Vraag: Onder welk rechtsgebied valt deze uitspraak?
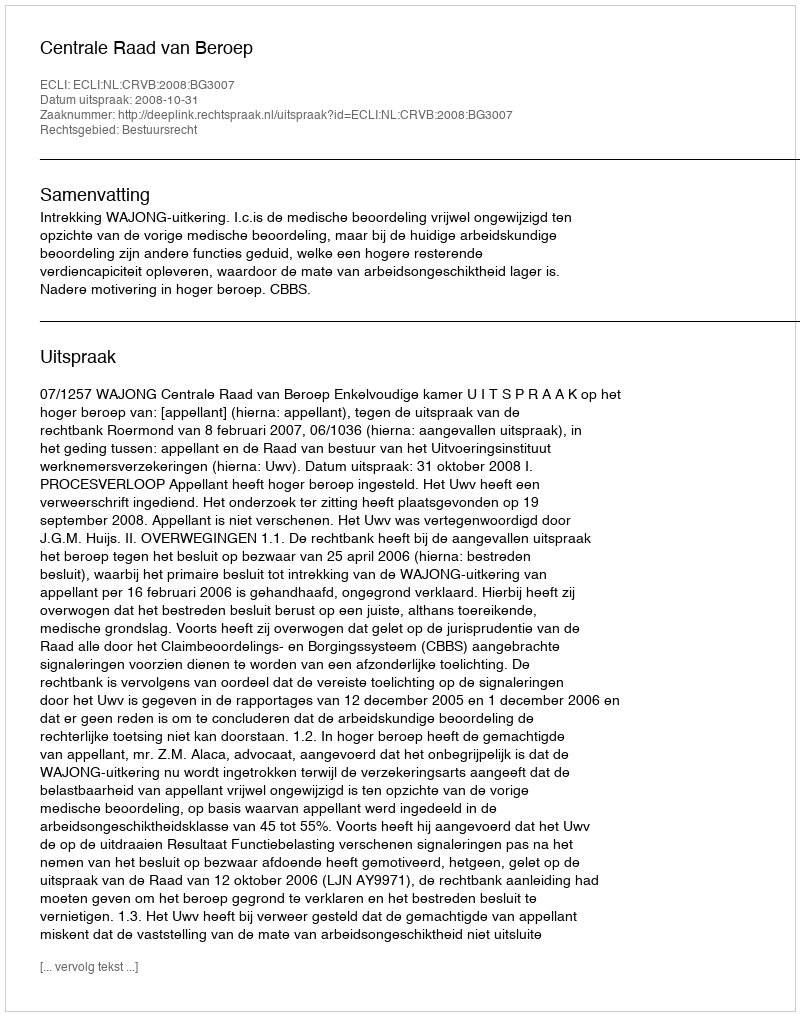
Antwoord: Bestuursrecht